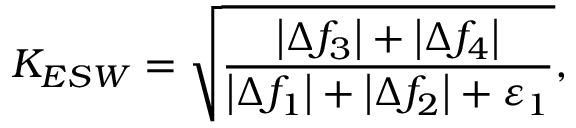
K _ { E S W } = \sqrt { \frac { \left| \Delta f _ { 3 } \right| + \left| \Delta f _ { 4 } \right| } { \left| \Delta f _ { 1 } \right| + \left| \Delta f _ { 2 } \right| + \varepsilon _ { 1 } } } ,